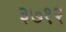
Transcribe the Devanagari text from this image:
३७१२